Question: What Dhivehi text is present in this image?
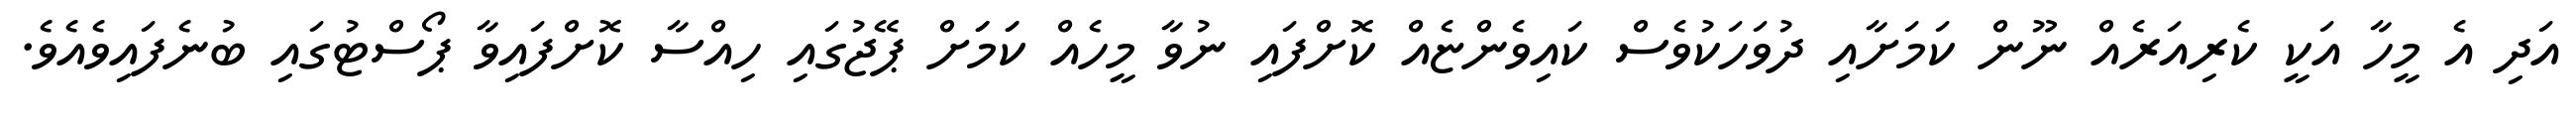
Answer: އަދި އެ މީހާ އަކީ ކެރިއަރެއް ނޫން ކަމަށާއި ދުވަހަކުވެސް ކައިވެންޏެއް ކޮށްފައި ނުވާ މީހެއް ކަަމަަށް ޕޭޖުގައި ހިއްސާ ކޮށްފައިވާ ޕޯސްޓުގައި ބުނެފައިވެއެވެ.